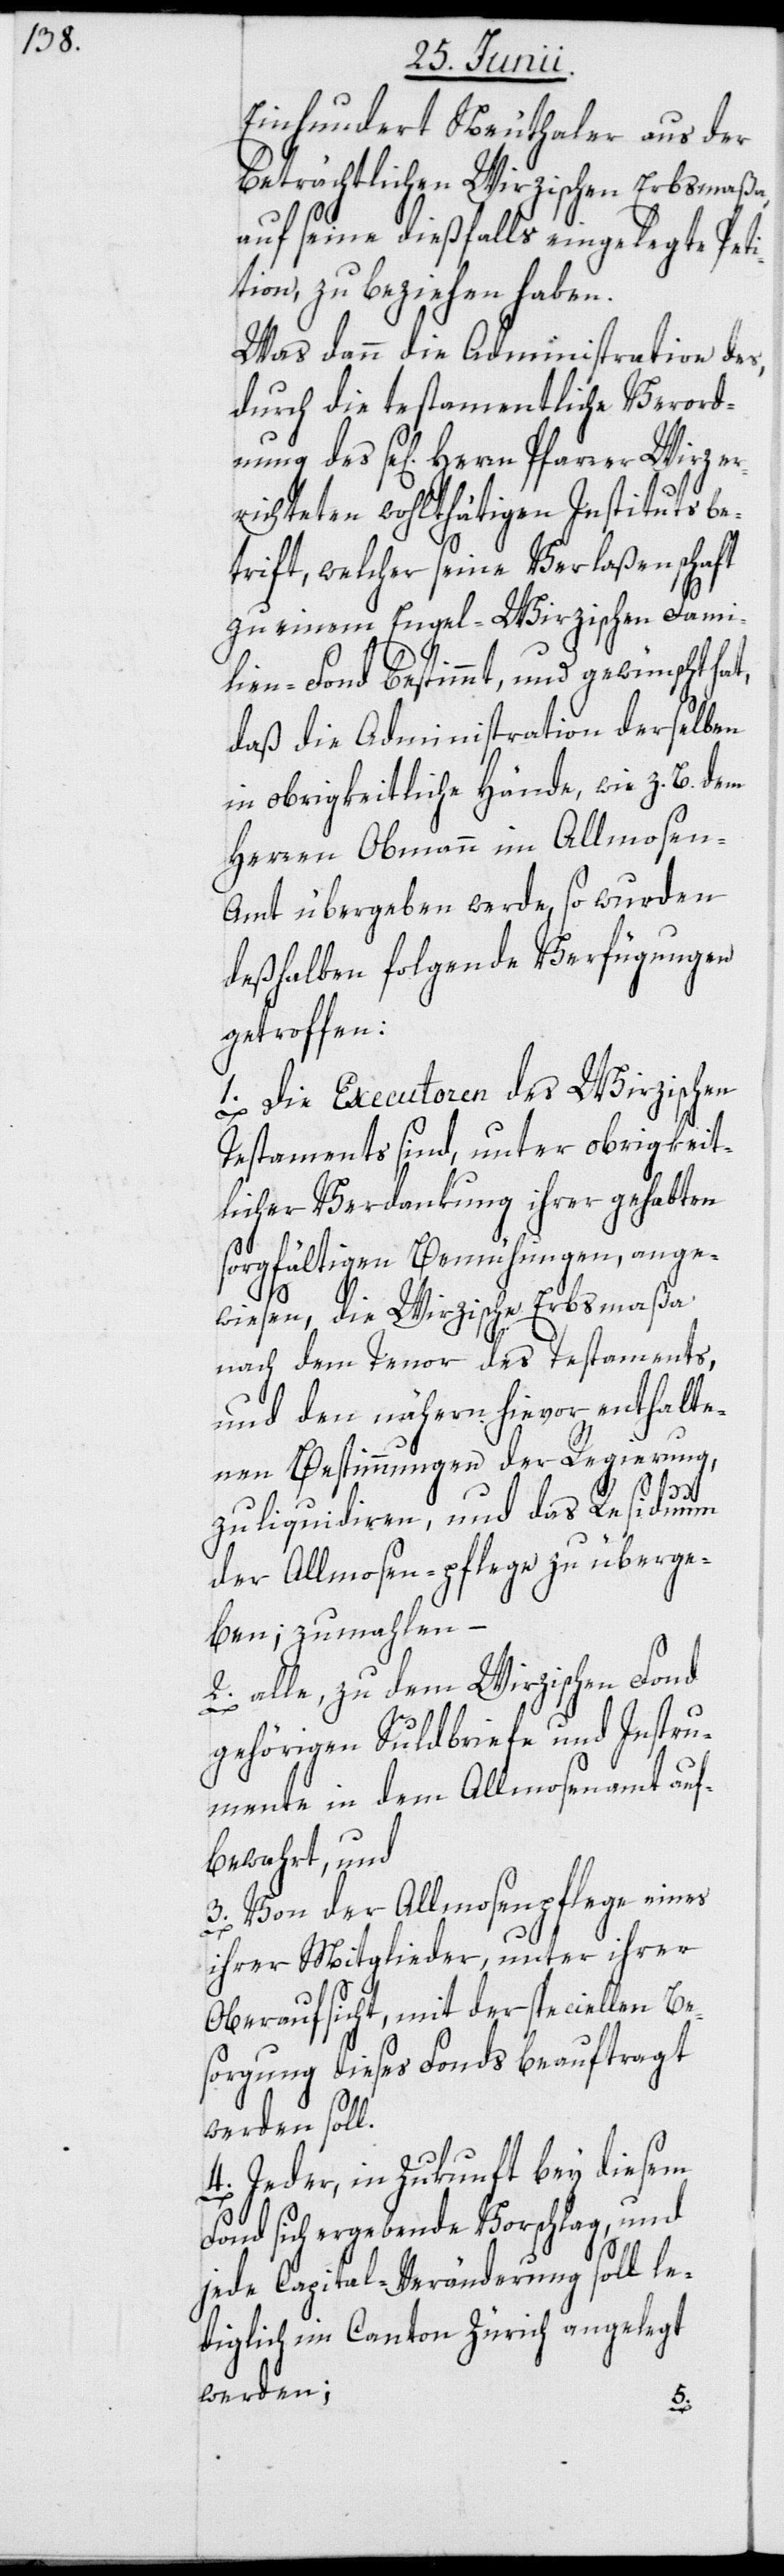
nung

Einhundert Neuthaler aus der
beträchtlichen Wirzischen Erbsmaßa,
auf seine dießfalls eingelegte Peti¬
tion, zu beziehen haben.
Was dann die Administration des,
durch die testamentliche Verord¬
richteten wohlthätigen Instituts be¬
trift, welcher seine Verlaßenschaft
zu einem Engel-Wirzischen Fami¬
lien-Fond bestimmt, und gewünscht hat,
daß die Administration derselben
in obrigkeitliche Hände, wie z. B. dem
Herren Obmann im Allmosen-A¬
mt übergeben werde, so wurden
deßhalben folgende Verfügungen
getroffen:
Testaments sind, unter obrigkeit¬
licher Verdankung ihrer gehabten
sorgfältigen Bemühungen, ange¬
wiesen, die Wirzische Erbsmaßa
nach dem Tenor des Testaments,
und den nähern hievor enthalte¬
nen Bestimmungen der Regierung,
zu liquidiren, und das Residuum
der Allmosen-pflege zu überge¬
ben; zumahlen –
2. alle, zu dem Wirzischen Fond
gehörigen S[ch]uldbriefe und Instru¬
mente in dem Allmosenamt auf¬
bewahrt, und
3. Von der Allmosenpflege eines
ihrer Mitglieder, unter ihrer
Oberaufsicht, mit der speciellen Be¬
sorgung dieses Fonds beauftragt
werden soll.
4. Jeder, in Zukunft bey diesem
Fond sich ergebende Vorschlag, und
jede Capital-Veränderung soll le¬
diglich im Canton Zürich angelegt
werden;
er¬